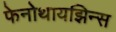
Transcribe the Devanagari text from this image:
फेनोथायझिन्स